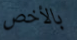
بالأخص